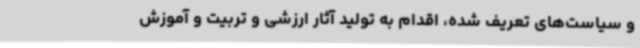
و سیاست‌های تعریف شده، اقدام به تولید آثار ارزشی و تربیت و آموزش